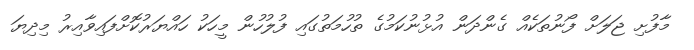
މާފުށި ޖަލަށް ފޯނުތަކެއް ގެންދަން އުޅުނުކަމުގެ ތުހުމަތުގައި ފުލުހުން މީހަކު ހައްޔަރުކޮށްފައިވާއިރު މިދިޔަ